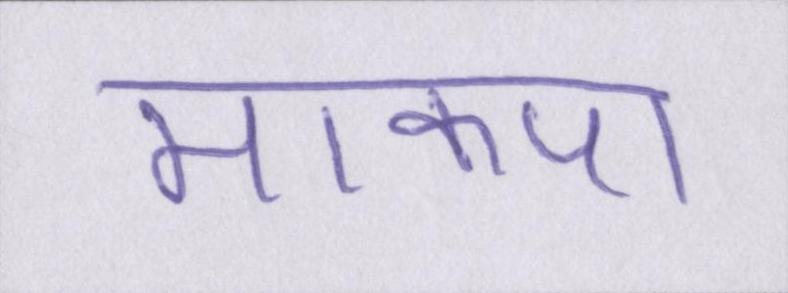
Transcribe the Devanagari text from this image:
माकपा